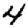
Digit: 4